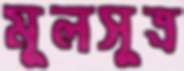
মূলসূত্র